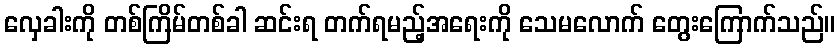
လှေခါးကို တစ်ကြိမ်တစ်ခါ ဆင်းရ တက်ရမည့်အရေးကို သေမလောက် တွေးကြောက်သည်။